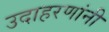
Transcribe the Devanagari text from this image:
उदाहरणांनी